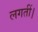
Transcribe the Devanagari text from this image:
लगतीं।